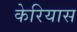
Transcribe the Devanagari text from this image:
केरियास